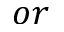
o r